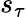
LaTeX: s_{\tau}